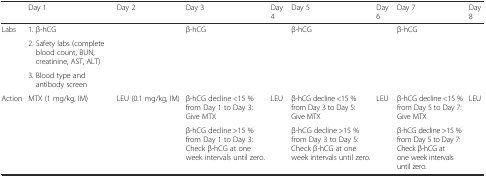
<table><thead><tr><td></td><td><b>Day 1</b></td><td><b>Day 2</b></td><td><b>Day 3</b></td><td><b>Day 4</b></td><td><b>Day 5</b></td><td><b>Day 6</b></td><td><b>Day 7</b></td><td><b>Day 8</b></td></tr></thead><tbody><tr><td>Labs</td><td>1. β-hCG</td><td></td><td>β-hCG</td><td></td><td>β-hCG</td><td></td><td>β-hCG</td><td></td></tr><tr><td rowspan="2"></td><td>2. Safety labs (complete blood count, BUN, creatinine, AST, ALT)</td><td></td><td></td><td></td><td></td><td></td><td></td><td></td></tr><tr><td>3. Blood type and antibody screen</td><td></td><td></td><td></td><td></td><td></td><td></td><td></td></tr><tr><td rowspan="2">Action</td><td rowspan="2">MTX (1 mg/kg, IM)</td><td rowspan="2">LEU (0.1 mg/kg, IM)</td><td>β-hCG decline &lt;15 % from Day 1 to Day 3: Give MTX</td><td>LEU</td><td>β-hCG decline &lt;15 % from Day 3 to Day 5: Give MTX</td><td>LEU</td><td>β-hCG decline &lt;15 % from Day 5 to Day 7: Give MTX</td><td>LEU</td></tr><tr><td>β-hCG decline &gt;15 % from Day 1 to Day 3: Check β-hCG at one week intervals until zero.</td><td></td><td>β-hCG decline &gt;15 % from Day 3 to Day 5: Check β-hCG at one week intervals until zero.</td><td></td><td>β-hCG decline &gt;15 % from Day 5 to Day 7: Check β-hCG at one week intervals until zero.</td><td></td></tr></tbody></table>